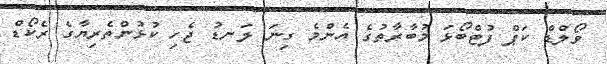
ވޯލްޑް ކަޕް ފުޓްބޯޅަ މުބާރާތުގެ އެންމެ ގިނަ ލަނޑު ޖެހި ކުޅުންތެރިޔާގެ ރެކޯޑް